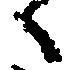
々